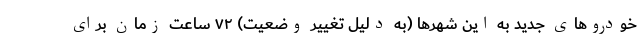
خودروهای جدید به این شهرها (به دلیل تغییر وضعیت) ۷۲ ساعت زمان برای